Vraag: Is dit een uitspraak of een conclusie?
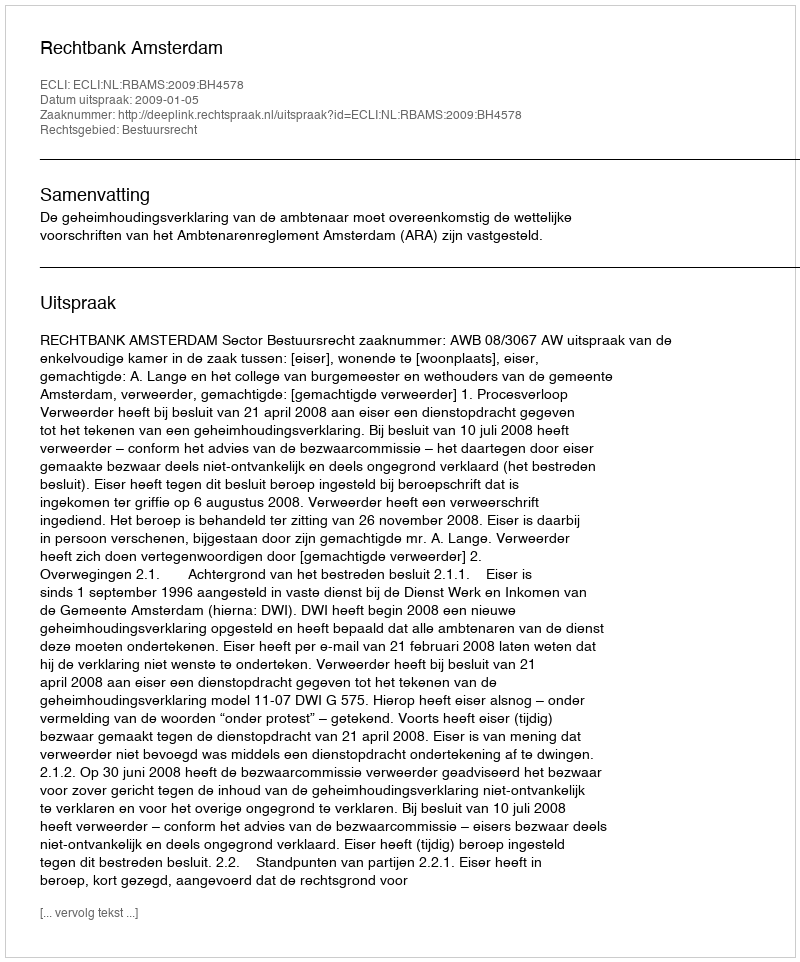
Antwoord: Uitspraak